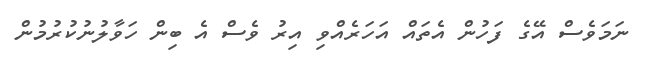
ނަމަވެސް އޭގެ ފަހުން އެތައް އަހަރެއްވި އިރު ވެސް އެ ބިން ހަވާލުނުކުރުމުން